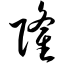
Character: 隆